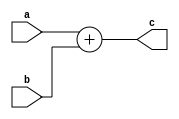
// create module (behaves like entity & architecture)
module adder (
    // entity
    input [3:0] a, b,
    output [3:0] c
);
    // architecture
    assign c = a + b; 
endmodule